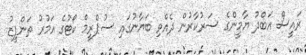
ރައީސް އަބްދު ޔާމީންގެ ސަރުކާރުން ދެއްވި ބަޔާނުގައި ސުޕްރީމް ކޯޓުގެ އަމުރު ތަންފީޒު